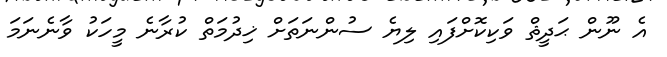
އެ ނޫން ޙަދީޘް ވަކިކޮށްފައި ލިޔެ ސުންނަތަށް ޚިދުމަތް ކުރާނެ މީހަކު ވާނެނަމަ